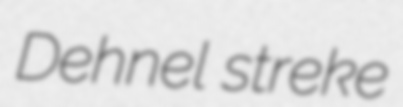
Dehnel streke